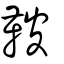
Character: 鞁